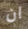
ان